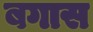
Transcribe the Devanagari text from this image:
बगास